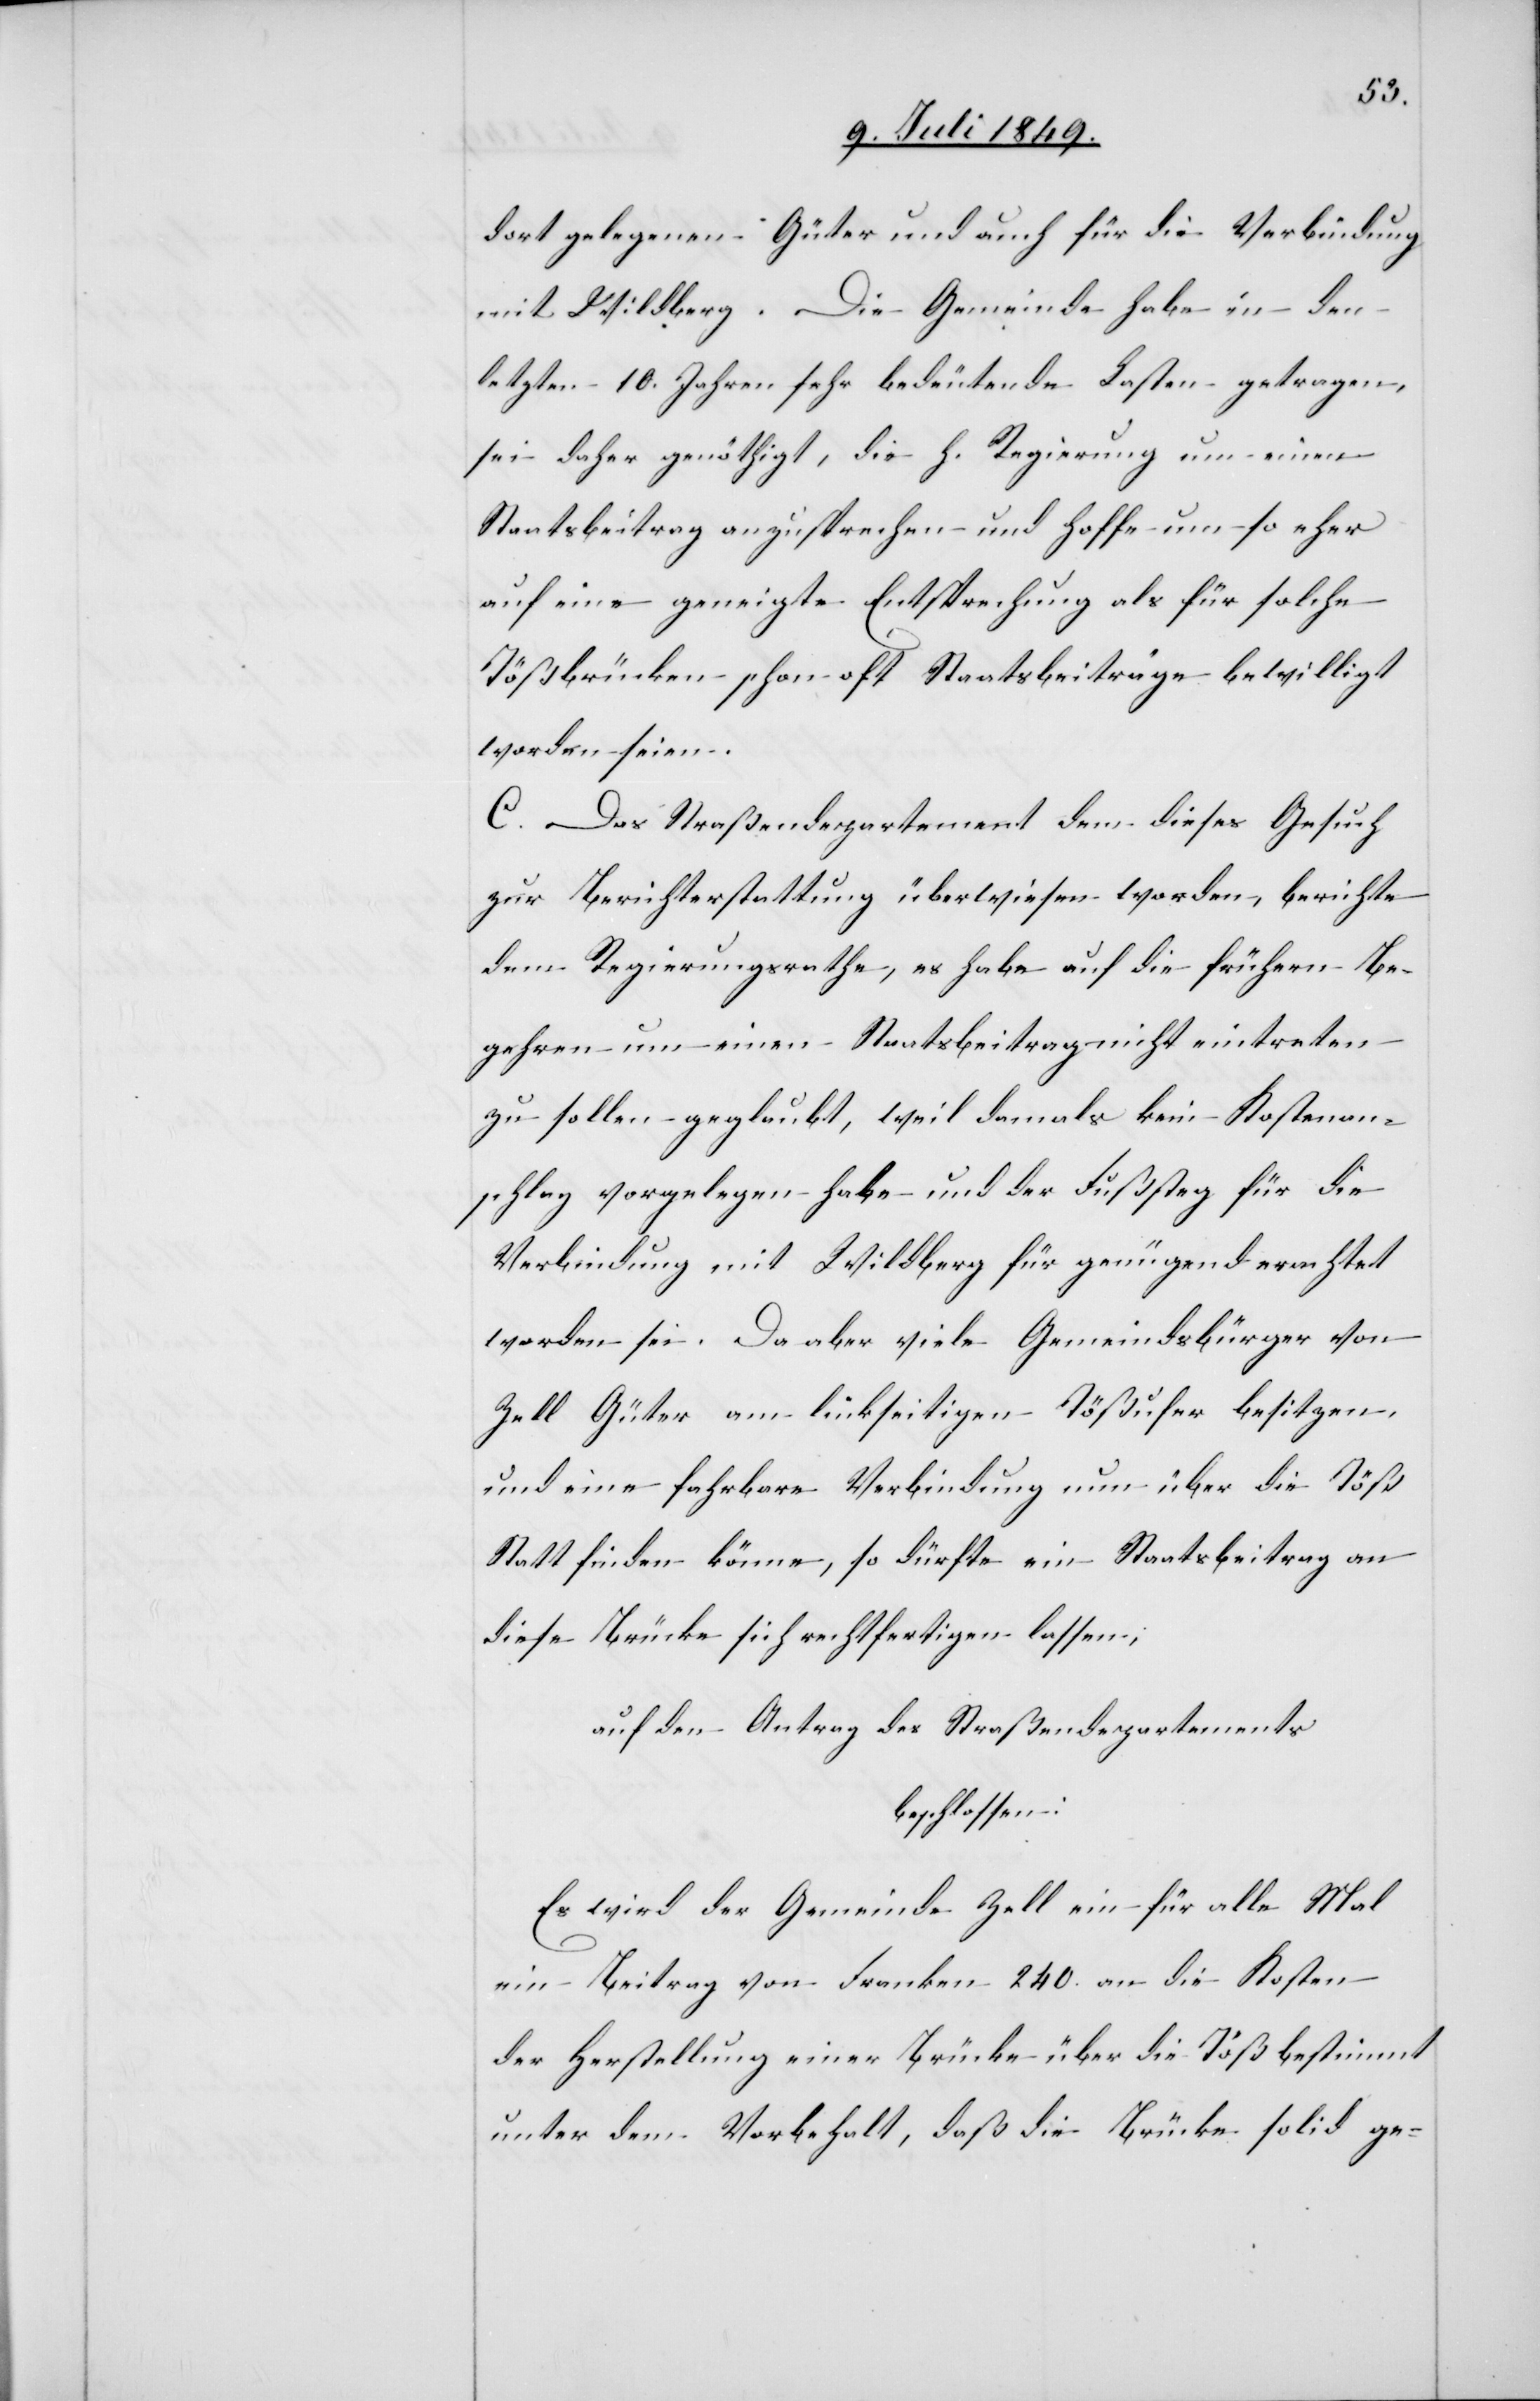
dort gelegenen Güter und auch für die Verbindung
mit Wildberg. Die Gemeinde habe in den
letzten 10. Jahren sehr bedeutende Lasten getragen,
sei daher genöthigt, die h. Regierung um einen
Staatsbeitrag anzusprechen und hoffe um so eher
auf eine geneigte Entsprechung als für solche
Tößbrücken schon oft Staatsbeiträge bewilligt
worden seien.
C. Das Straßendepartement dem dieses Gesuch
zur Berichterstattung überwiesen worden, berichte
dem Regierungsrathe, es habe auf die frühern Be¬
gehren um einen Staatsbeitrag nicht eintreten
zu sollen geglaubt, weil damals kein Kostenan¬
schlag vorgelegen habe und der Fußsteg für die
Verbindung mit Wildberg für genügend erachtet
worden sei. Da aber viele Gemeindsbürger von
Zell Güter am linkseitigen Tößufer besitzen,
und eine fahrbare Verbindung nun über die Töß
statt finden könne, so dürfte ein Staatsbeitrag an
diese Brücke sich rechtfertigen lassen;
auf den Antrag des Straßendepartements
beschlossen:
Es wird der Gemeinde Zell ein für alle Mal
ein Beitrag von Franken 240. an die Kosten
der Herstellung einer Brücke über die Töß bestimmt
unter dem Vorbehalt, daß die Brücke solid ge-